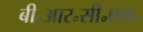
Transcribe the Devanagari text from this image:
बी॰आर॰सी॰एम॰